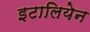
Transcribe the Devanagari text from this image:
इटालियेन